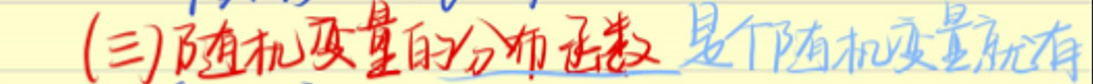
(三)随机变量的分布函数是个随机变量所具有